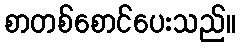
စာတစ်စောင်ပေးသည်။